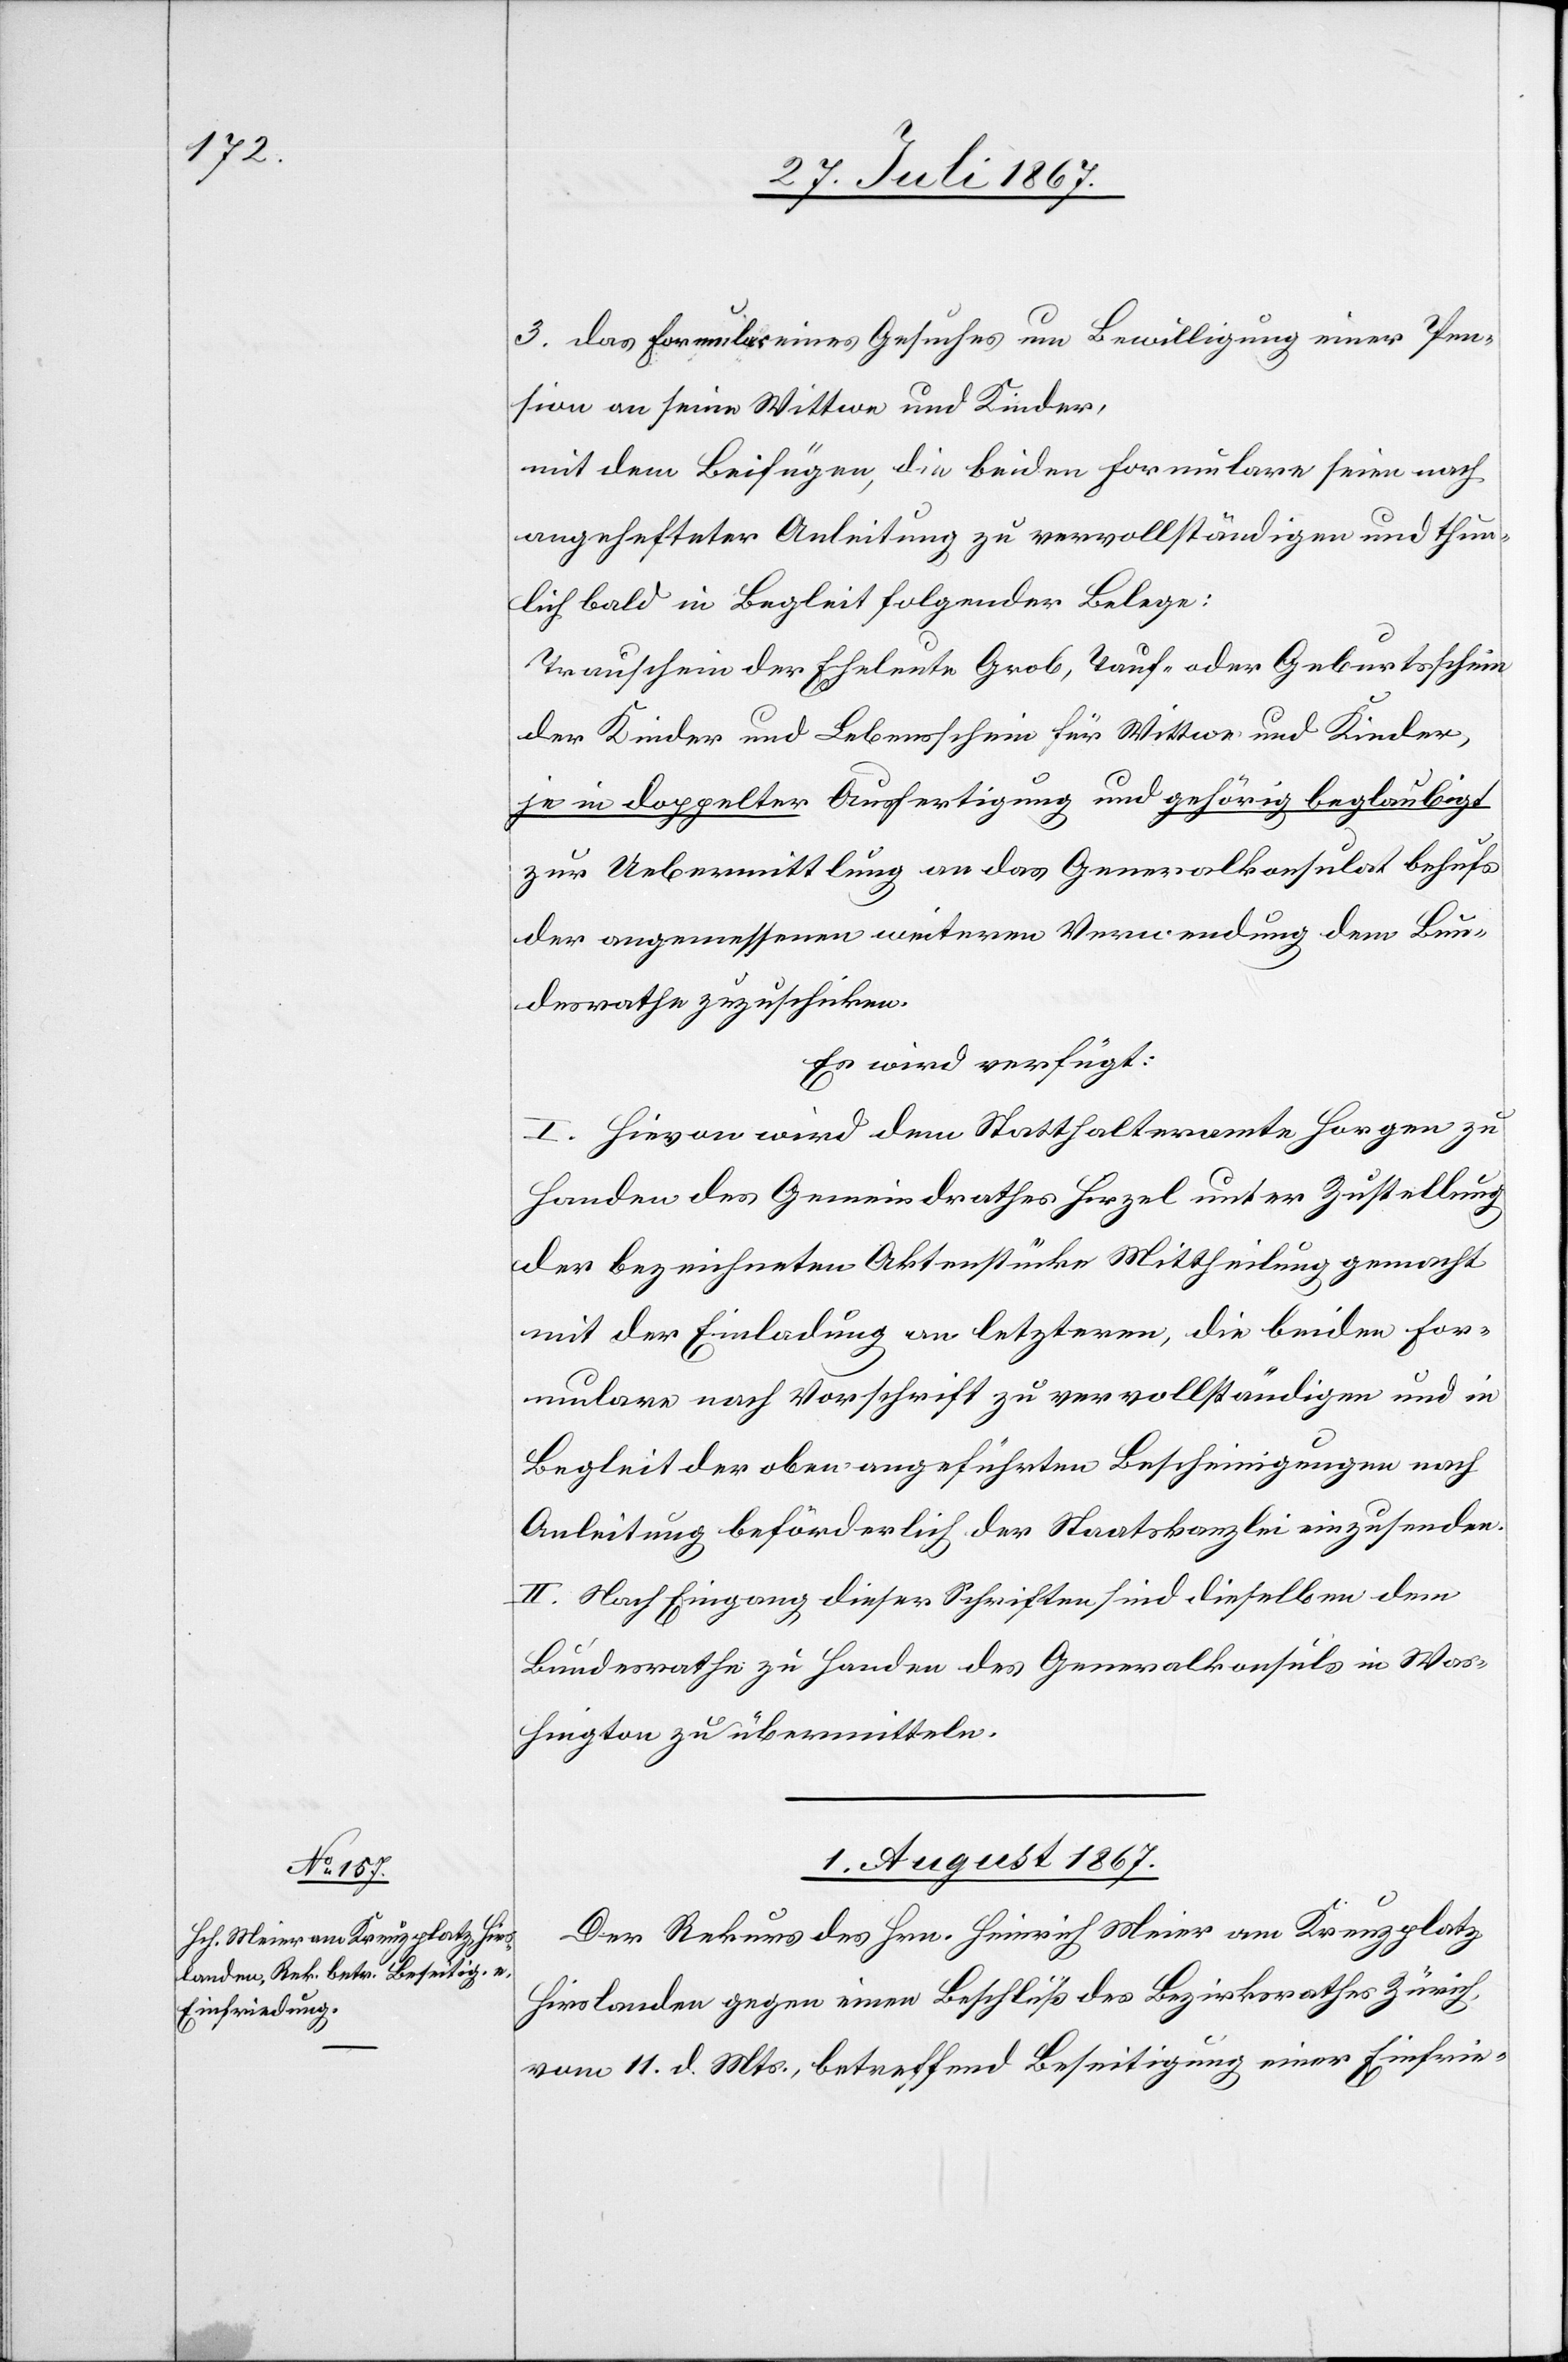
3. das Formular eines Gesuches um Bewilligung einer Pen¬
sion an seine Wittwe und Kinder,
mit dem Beifügen, die beiden Formulare seien nach
angehefteter Anleitung zu vervollständigen und thun¬
lich bald in Begleit folgender Belege:
Trauschein der Eheleute Grob, Tauf- oder Geburtsschein
der Kinder und Lebensschein für Wittwe und Kinder,
je in doppelter Ausfertigung und gehörig beglaubigt
zur Uebermittlung an das Generalkonsulat behufs
der angemessenen weiteren Verwendung dem Bun¬
desrathe zuzuschicken.
Es wird verfügt:
I. Hievon wird dem Statthalteramte Horgen zu
Handen des Gemeindrathes Hirzel unter Zustellung
der bezeichneten Aktenstücke Mittheilung gemacht
mit der Einladung an letzteren, die beiden For¬
mulare nach Vorschrift zu vervollständigen und in
Begleit der oben angeführten Bescheinigungen nach
Anleitung beförderlich der Staatskanzlei einzusenden.
II. Nach Eingang dieser Schriften sind dieselben dem
Bundesrathe zu Handen des Generalkonsuls in Was¬
hington zu übermitteln.
1. August 1867.
Der Rekurs des Hrn. Heinrich Meier am Kreuzplatz,
Hirslanden gegen einen Beschluß des Bezirksrathes Zürich
vom 11. d. Mts., betreffend Beseitigung einer Einfrie-